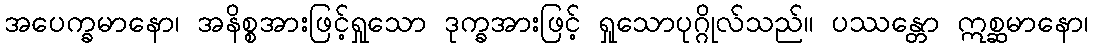
အပေက္ခမာနော၊ အနိစ္စအားဖြင့်ရှုသော ဒုက္ခအားဖြင့် ရှုသောပုဂ္ဂိုလ်သည်။ ပဿန္တော ဣစ္ဆမာနော၊